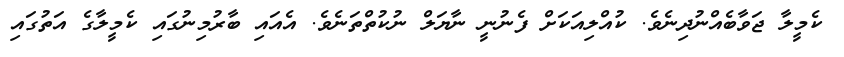
ކެމީލާ ޖަވާބެއްނުދިނެވެ. ކުއްލިއަކަށް ފެނުނީ ނާޔަލް ނުކުތްތަނެވެ. އެއައި ބާރުމިނުގައި ކެމީލާގެ އަތުގައި